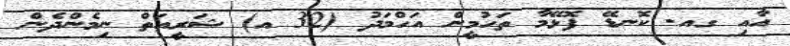
އާއި ގއ. ކޮނޑޭ ފޮޅޭމާ ތަހުމީން އަހްމަދު (32 އ) ޝަރީއަތް ނިމެންދެން